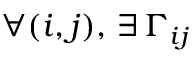
\forall ( i , j ) , \, \exists \, \Gamma _ { i j }